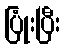
ပြုံးပြီး